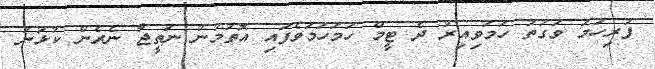
ފުރިހަމަ ވަގުތު ހަމަވިއިރު ދެ ޓީމް ހަމަހަމަވެފައި އޮތުމުން ނަތީޖާ ނެރެން ކުޅުނު